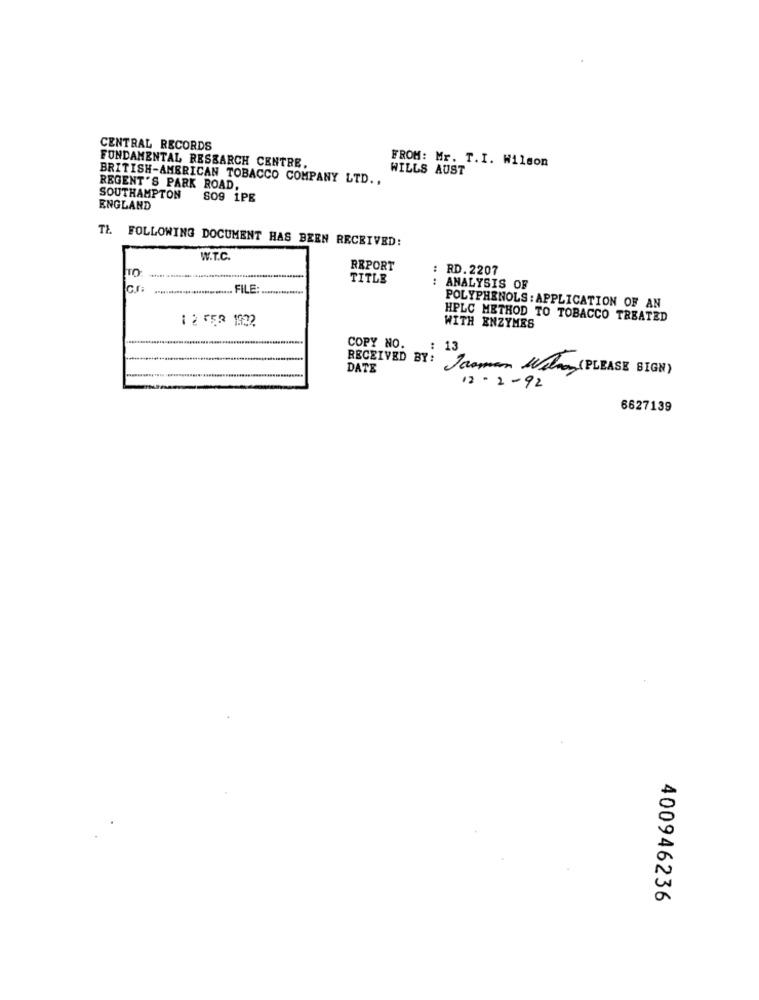
CENTRAL RECORDS
FROM: Mr. T.I. Wilson
FUNDAMENTAL RESEARCH CENTRE,
WILLS AUST
BRITISH-AMERICAN TOBACCO COMPANY LTD .,
REGENT'S PARK ROAD,
SOUTHAMPTON
809 1PE
ENGLAND
TŁ FOLLOWING DOCUMENT HAS BEEN RECEIVED:
W.T.C.
TO
REPORT
: RD.2207
TITLE
******************......... FILE:
....... FILE:
: ANALYSIS OF
POLYPHENOLS : APPLICATION OF AN
1 2 552 1922
HPLC METHOD TO TOBACCO TREATED
WITH ENZYMES
COPY NO.
: 13
DATE
RECEIVED BY: Jasman Were (PLEASE SIGN)
12-2-92
6627139
400946236